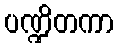
ပဏ္ဍိတကာ